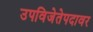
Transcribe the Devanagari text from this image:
उपविजेतेपदावर